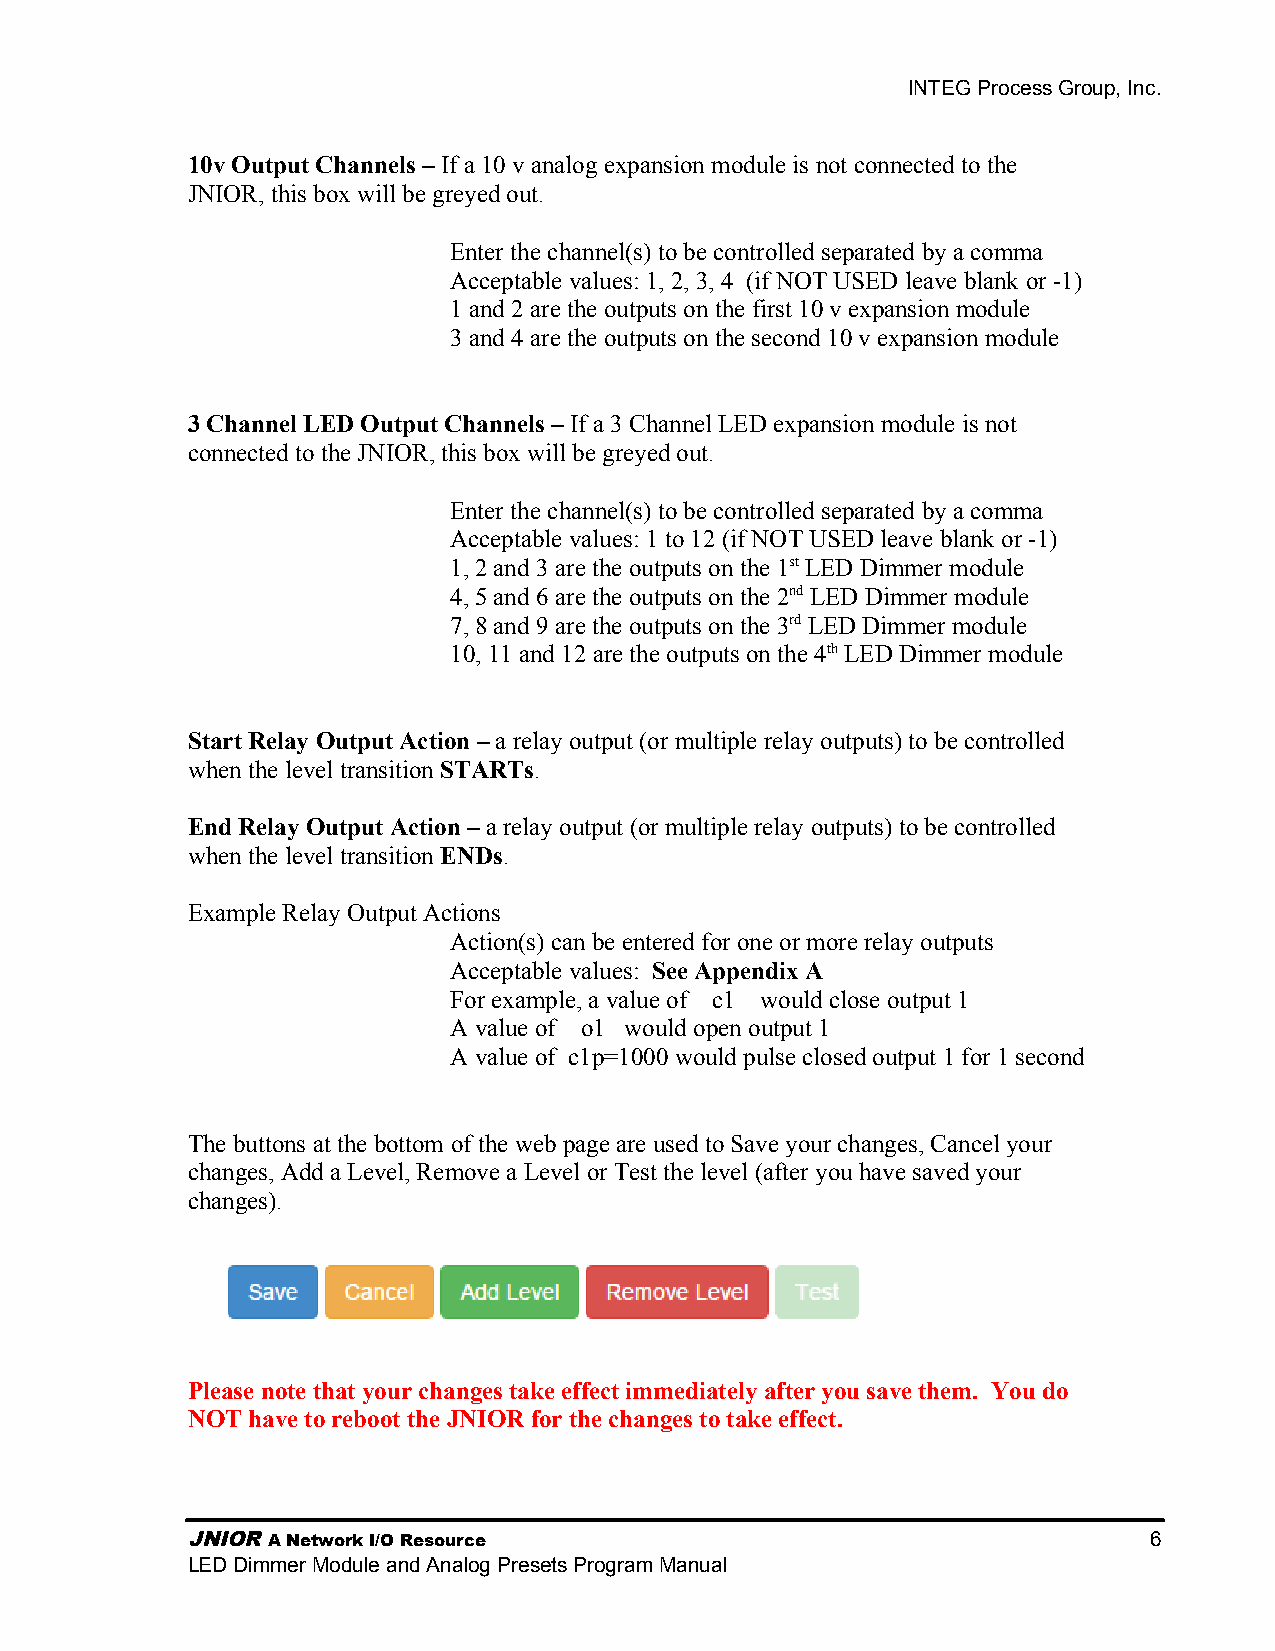
INTEG Process Group, Inc.
 10v Output Channels – If a 10 v analog expansion module is not connected to the
 JNIOR, this box will be greyed out.
 Enter the channel(s) to be controlled separated by a comma
 Acceptable values: 1, 2, 3, 4 (if NOT USED leave blank or -1)
 1 and 2 are the outputs on the first 10 v expansion module
 3 and 4 are the outputs on the second 10 v expansion module
 3 Channel LED Output Channels – If a 3 Channel LED expansion module is not
 connected to the JNIOR, this box will be greyed out.
 Enter the channel(s) to be controlled separated by a comma
 Acceptable values: 1 to 12 (if NOT USED leave blank or -1)
 1, 2 and 3 are the outputs on the 1st LED Dimmer module
 4, 5 and 6 are the outputs on the 2nd LED Dimmer module
 7, 8 and 9 are the outputs on the 3rd LED Dimmer module
 10, 11 and 12 are the outputs on the 4th LED Dimmer module
 Start Relay Output Action – a relay output (or multiple relay outputs) to be controlled
 when the level transition STARTs.
 End Relay Output Action – a relay output (or multiple relay outputs) to be controlled
 when the level transition ENDs.
 Example Relay Output Actions
 Action(s) can be entered for one or more relay outputs
 Acceptable values: See Appendix A
 For example, a value of c1 would close output 1
 A value of o1 would open output 1
 A value of c1p=1000 would pulse closed output 1 for 1 second
 The buttons at the bottom of the web page are used to Save your changes, Cancel your
 changes, Add a Level, Remove a Level or Test the level (after you have saved your
 changes).
 Please note that your changes take effect immediately after you save them. You do
 NOT have to reboot the JNIOR for the changes to take effect.
 JNIOR A Network I/O Resource                                    6
 LED Dimmer Module and Analog Presets Program Manual